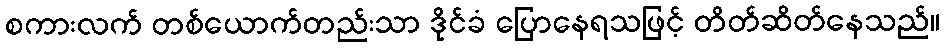
စကားလက် တစ်ယောက်တည်းသာ ဒိုင်ခံ ပြောနေရသဖြင့် တိတ်ဆိတ်နေသည်။